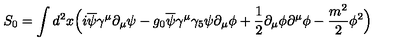
S _ { 0 } = \int d ^ { 2 } x \Big ( i \overline { \psi } \gamma ^ { \mu } \partial _ { \mu } \psi - g _ { 0 } \overline { \psi } \gamma ^ { \mu } \gamma _ { 5 } \psi \partial _ { \mu } \phi + { \frac { 1 } { 2 } } \partial _ { \mu } \phi \partial ^ { \mu } \phi - { \frac { m ^ { 2 } } { 2 } } \phi ^ { 2 } \Big )